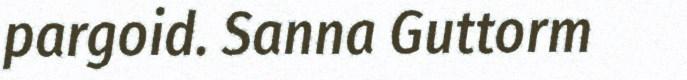
pargoid. Sanna Guttorm